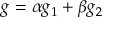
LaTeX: g = \alpha g _ { 1 } + \beta g _ { 2 }